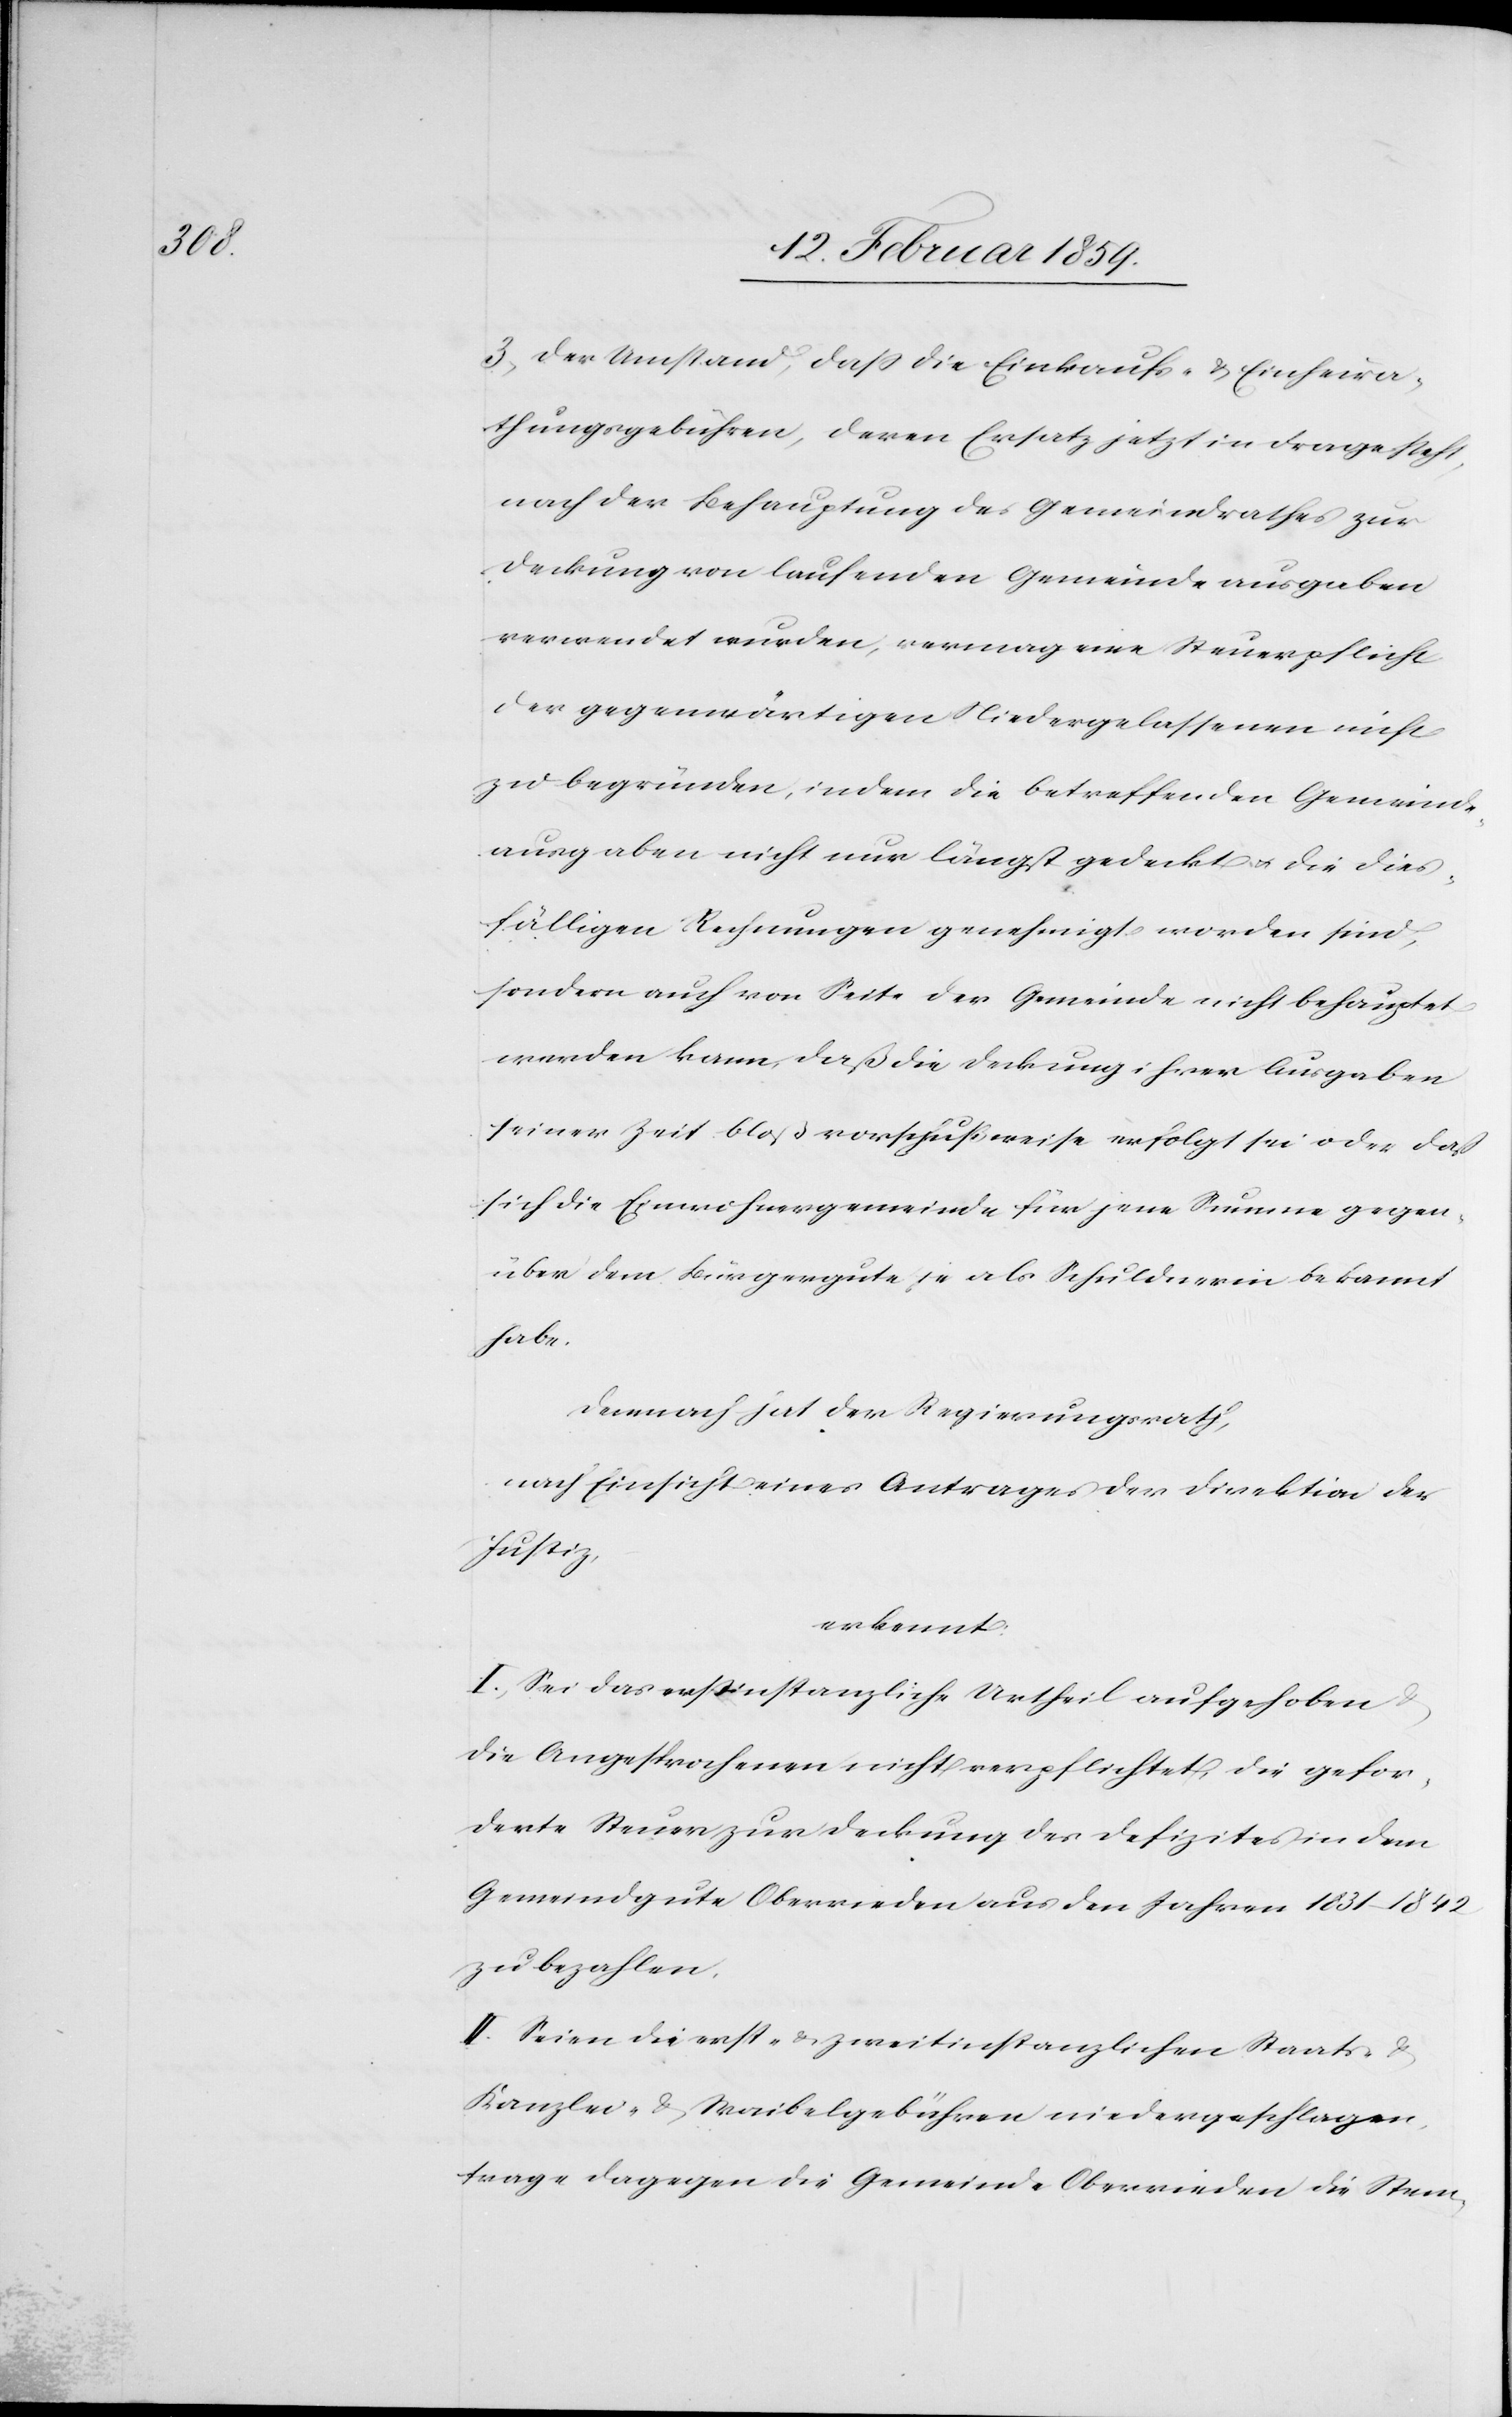
3) der Umstand, daß die Einkaufs- & Einheira¬
thungsgebühren, deren Ersatz jetzt in Frage steht,
nach der Behauptung des Gemeindrathes zur
Deckung von laufenden Gemeindeausgaben
verwendet wurden, vermag eine Steuerpflicht
der gegenwärtigen Niedergelassenen nicht
zu begründen, indem die betreffenden Gemeinde¬
ausgaben aber nicht nur längst gedeckt u. die dies¬
fälligen Rechnungen genehmigt worden sind,
sondern auch von Seite der Gemeinde nicht behauptet
werden kann, daß die Deckung ihrer Ausgaben
seiner Zeit bloß vorschußweise erfolgt sei oder daß
sich die Einwohnergemeinde für jene Summe gegen¬
über dem Bürgergute je als Schuldnerin bekannt
habe.
Demnach hat der Regierungsrath,
nach Einsicht eines Antrages der Direktion der
Justiz,
erkannt:
I. Sei das erstinstanzliche Urtheil aufgehoben
die Angesprochenen nicht verpflichtet, die gefor¬
derte Steuer zur Deckung des Defizites in dem
Gemeindgute Oberrieden aus den Jahren 1831–1842
zu bezahlen.
II. Seien die erst- & zweitinstanzlichen Staats- &
Kanzlei- & Waibelgebühren niedergeschlagen,
trage dagegen die Gemeinde Oberrieden die Stem-